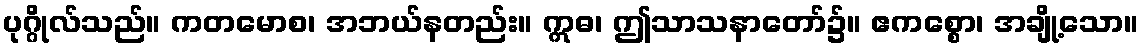
ပုဂ္ဂိုလ်သည်။ ကတမောစ၊ အဘယ်နတည်း။ ဣဓ၊ ဤသာသနာတော်၌။ ဧကစ္စော၊ အချို့သော။